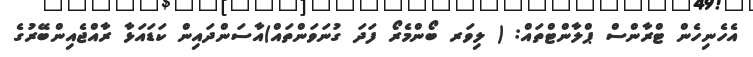
އެހެނިހެން ޓްރާންސް ޕްލާންޓްތައް: ( ލިވަރ ބޯންމެރޯ ފަދަ ގުނަވަންތައް)އާސަންދައިން ކަޑައަޅާ ރާއްޖެއިންބޭރުގެ